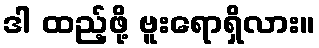
ဒါ ထည့်ဖို့ ဗူးရောရှိလား။